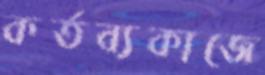
কর্তব্যকাজে